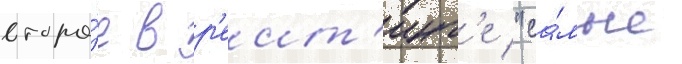
второ́е в р'еит'инг'е "са́мые